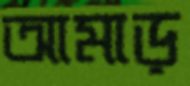
আমাড়